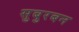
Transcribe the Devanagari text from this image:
सुबुरबन